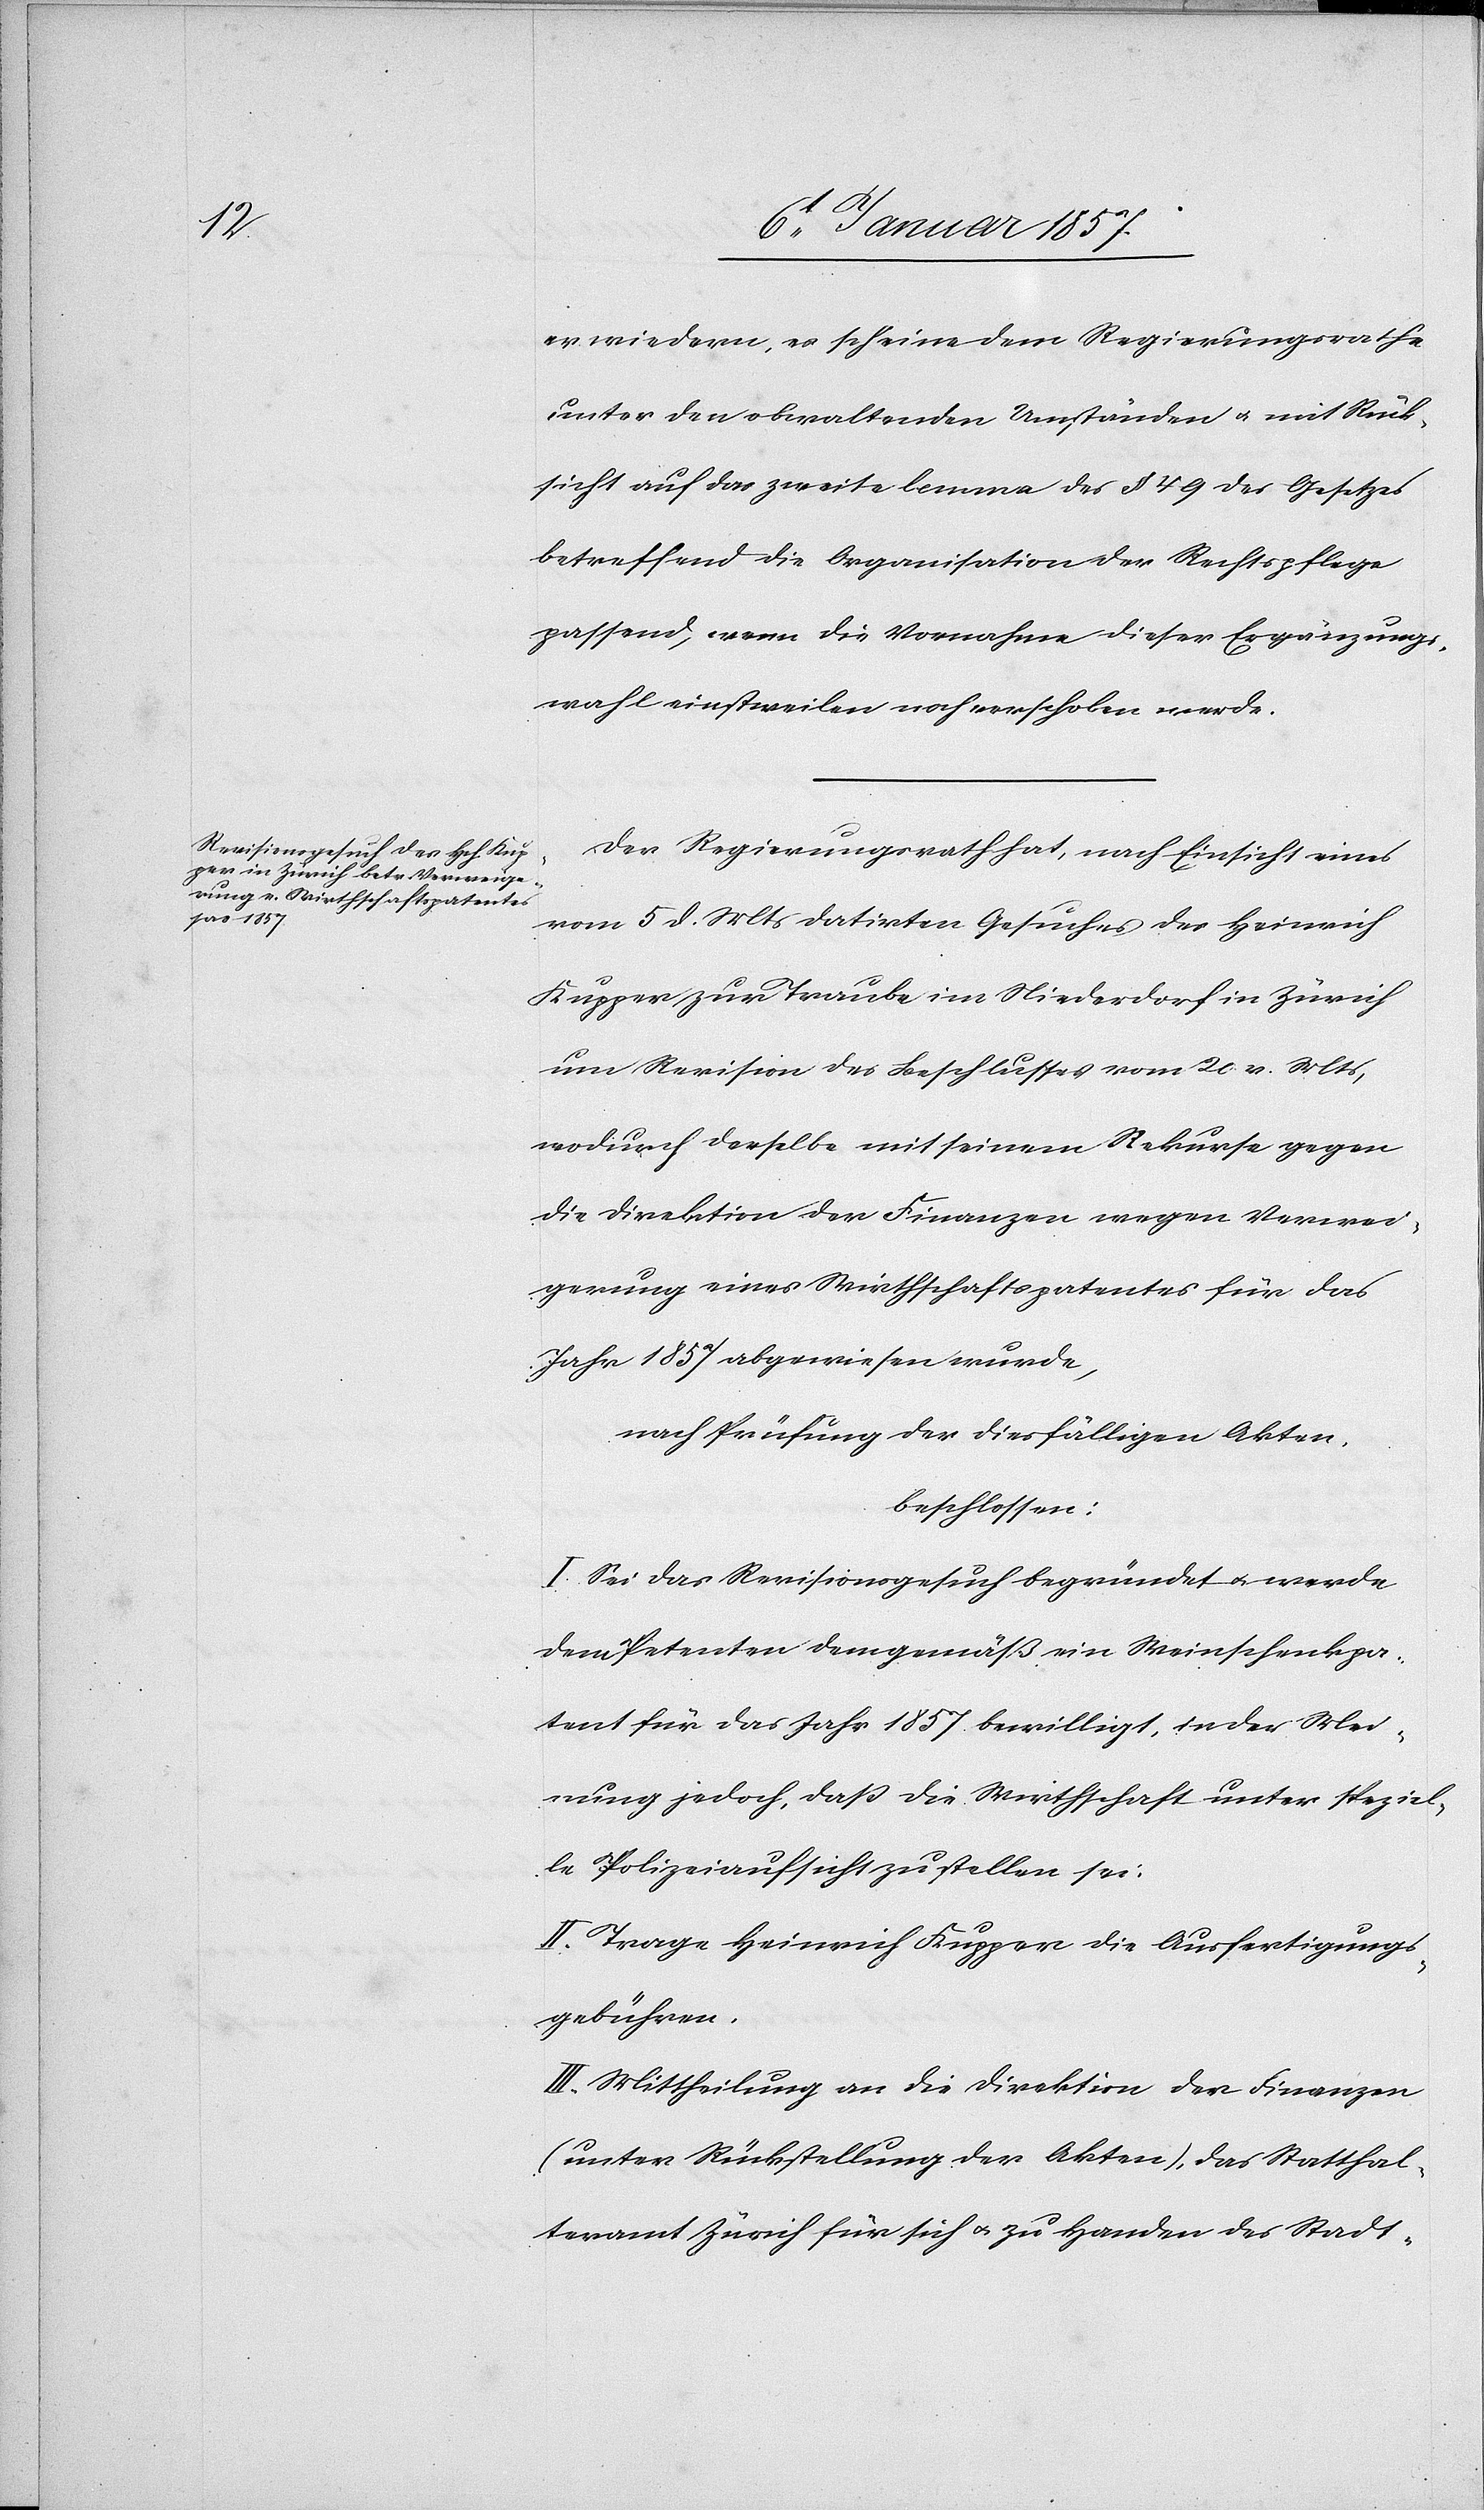
erwiedern, es scheine dem Regierungsrathe
unter den obwaltenden Umständen u. mit Rück¬
sicht auf das zweite lemma des § 49 des Gesetzes
betreffend die Organisation der Rechtspflege
passend, wenn die Vornahme dieser Ergänzungs¬
wahl einstweilen noch verschoben werde.
Der Regierungsrath hat, nach Einsicht eines
vom 5 d. Mts datirten Gesuches des Heinrich
Kupper zur Traube im Niederdorf in Zürich
um Revision des Beschlusses vom 20 v. Mts,
wodurch derselbe mit seinem Rekurse gegen
die Direktion der Finanzen wegen Verwei¬
gerung eines Wirthschaftspatentes für das
Jahr 1857 abgewiesen wurde,
nach Prüfung der diesfälligen Akten,
beschlossen:
I. Sei das Revisionsgesuch begründet u. werde
dem Petenten demgemäß ein Weinschenkpa¬
tent für das Jahr 1857. bewilligt, in der Mei¬
nung jedoch, daß die Wirthschaft unter speziel¬
le Polizeiaufsicht zu stellen sei.
II. Trage Heinrich Kupper die Ausfertigungs¬
gebühren.
III. Mittheilung an die Direktion der Finanzen
(unter Rückstellung der Akten), das Statthal¬
teramt Zürich für sich u. zu Handen des Stadt-